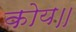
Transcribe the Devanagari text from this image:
कोय॥